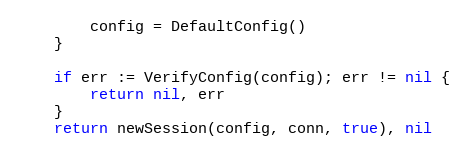
Language: Go
		config = DefaultConfig()
	}

	if err := VerifyConfig(config); err != nil {
		return nil, err
	}
	return newSession(config, conn, true), nil